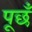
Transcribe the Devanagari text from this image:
पूछँ